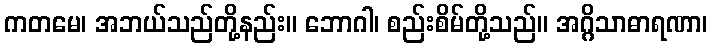
ကတမေ၊ အဘယ်သည်တို့နည်း။ ဘောဂါ၊ စည်းစိမ်တို့သည်။ အဂ္ဂိသာဓာရဏာ၊